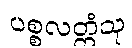
ပစ္စလတ္ထံသု